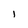
Character: I